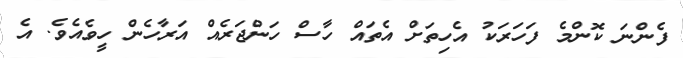
ފެންނަ ކޮންމެ ފަހަރަކު އެހިތަށް އެތައް ހާސް ހަންޖަރެއް އަރާހެން ހީވެއެވެ. އެ